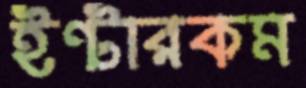
ইন্টারকম